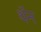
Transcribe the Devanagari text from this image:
थॅन